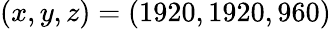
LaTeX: (x,y,z)=(1920,1920,960)